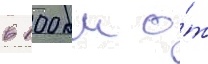
в 100 км о́т